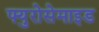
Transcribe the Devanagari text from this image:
फ्युरोसेमाइड